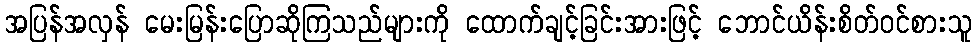
အပြန်အလှန် မေးမြန်းပြောဆိုကြသည်များကို ထောက်ချင့်ခြင်းအားဖြင့် ဘောင်ယိန်းစိတ်ဝင်စားသူ